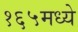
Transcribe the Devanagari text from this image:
१६५मध्ये